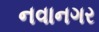
નવાનગર